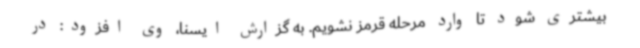
بیشتری شود تا وارد مرحله قرمز نشویم. به گزارش ایسنا، وی افزود: در